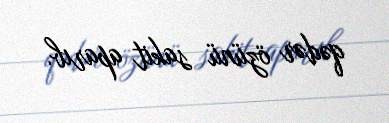
qədər özünü sakit aparıb.